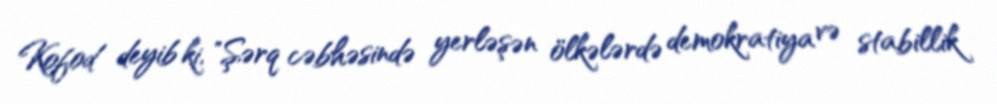
Kofod deyib ki, "Şərq cəbhəsində yerləşən ölkələrdə demokratiya və stabillik